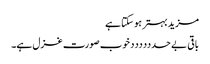
مزید بہتر ہو سکتا ہے
باقی بے حدددددد خوب صورت غزل ہے۔